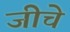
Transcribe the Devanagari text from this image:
जीचे